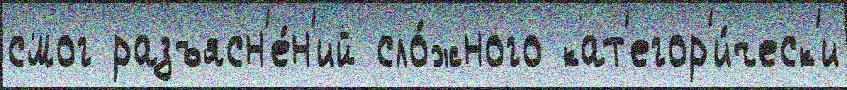
смог разъясн'е́н'ий сло́жного кат'егор'и́ческ'и